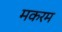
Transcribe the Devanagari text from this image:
मकरम